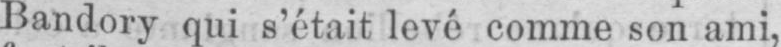
Bandory qui s’était levé comme son ami,